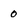
Character: 0